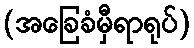
(အခြေခံမှီရာရုပ်)